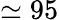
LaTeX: \simeq 95